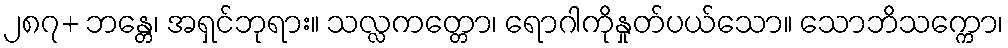
၂၈၇+ ဘန္တေ၊ အရှင်ဘုရား။ သလ္လကတ္တော၊ ရောဂါကိုနှုတ်ပယ်သော။ သောဘိသက္ကော၊